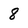
Character: 8